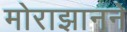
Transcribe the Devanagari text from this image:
मोराझानने